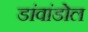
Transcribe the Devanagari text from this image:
डांवांडोल